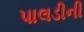
પાલડીની